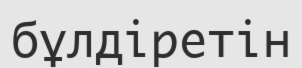
бұлдіретін